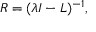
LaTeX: R = ( \lambda I - L ) ^ { - 1 } ,